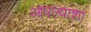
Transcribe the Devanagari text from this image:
आपल्याशा